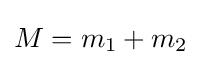
M=m_{1}+m_{2}